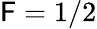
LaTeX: \mathsf{F}=1/2